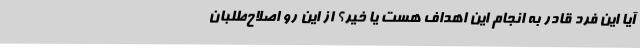
آیا این فرد قادر به انجام این اهداف هست یا خیر؟ از این رو اصلاح‌طلبان